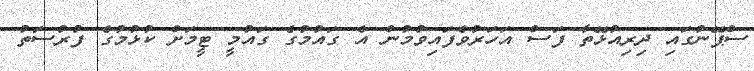
ސްޕޭނުގައި ދިރިއުޅޭތާ ފަސް އަހަރުވެފައިވުމުން އެ ގައުމުގެ ގައުމީ ޓީމަށް ކުޅުމުގެ ފުރުސަތު